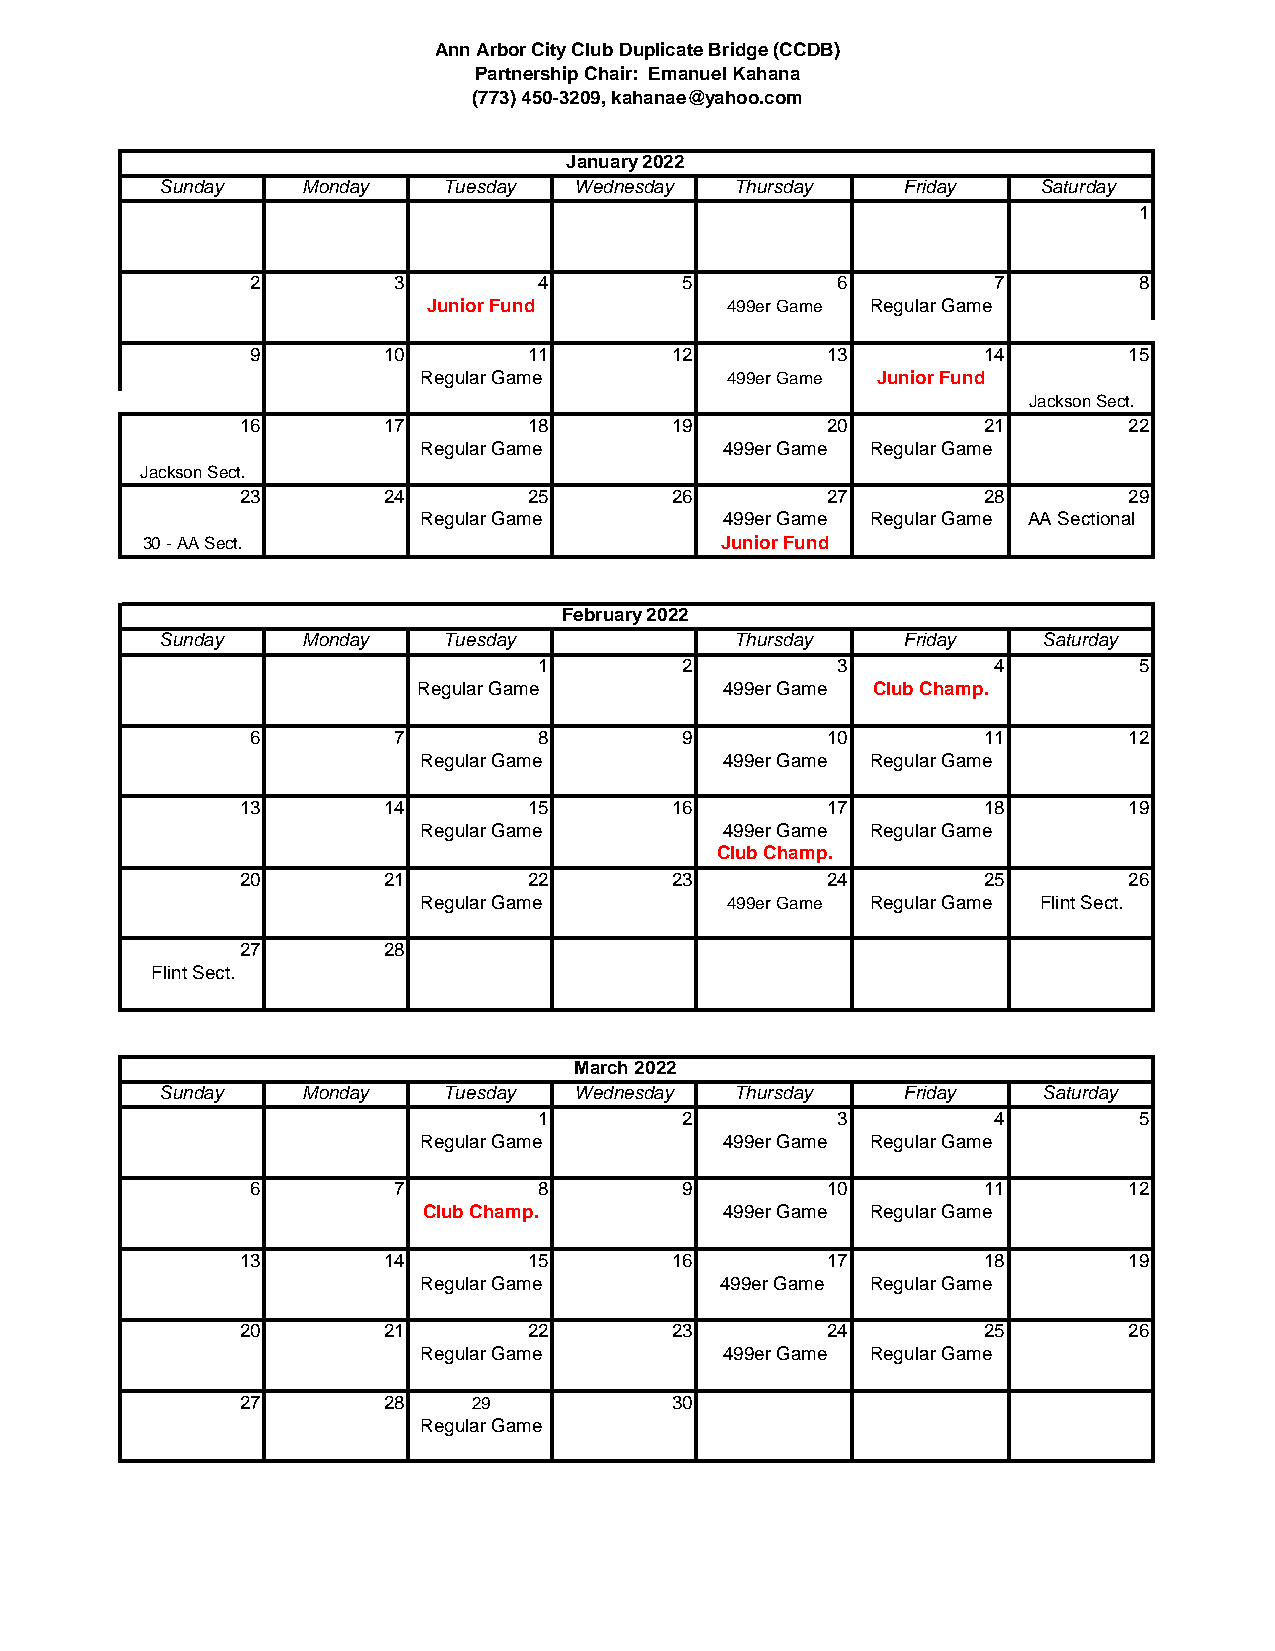
Ann Arbor City Club Duplicate Bridge (CCDB)
 Partnership Chair: Emanuel Kahana
 (773) 450-3209, kahanae@yahoo.com
 January 2022
 Sunday   Monday   Tuesday  Wednesday  Thursday   Friday   Saturday
 1
 2        3         4        5         6          7        8
 Junior Fund         499er Game Regular Game
 9       10        11       12         13        14        15
 Regular Game        499er Game Junior Fund
 Jackson Sect.
 16       17        18       19         20        21        22
 Regular Game        499er Game Regular Game
 Jackson Sect.
 23       24        25       26         27        28        29
 Regular Game        499er Game Regular Game AA Sectional
 30 - AA Sect.                          Junior Fund
 February 2022
 Sunday   Monday   Tuesday             Thursday   Friday   Saturday
 1        2         3          4        5
 Regular Game        499er Game Club Champ.
 6        7         8        9         10        11        12
 Regular Game        499er Game Regular Game
 13       14        15       16         17        18        19
 Regular Game        499er Game Regular Game
 Club Champ.
 20       21        22       23         24        25        26
 Regular Game        499er Game Regular Game Flint Sect.
 27       28
 Flint Sect.
 March 2022
 Sunday   Monday   Tuesday  Wednesday  Thursday   Friday   Saturday
 1        2         3          4        5
 Regular Game        499er Game Regular Game
 6        7         8        9         10        11        12
 Club Champ.         499er Game Regular Game
 13       14        15       16         17        18        19
 Regular Game        499er Game Regular Game
 20       21        22       23         24        25        26
 Regular Game        499er Game Regular Game
 27       28    29           30
 Regular Game